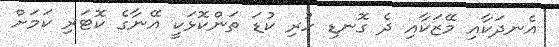
އެނދަކާއި މޭޒަކާއި ދެ ގޮނޑި ހުރި ކުޑަ ތަންކޮޅަކީ އޭނާގެ ކޮޓަރި ކަމަށް